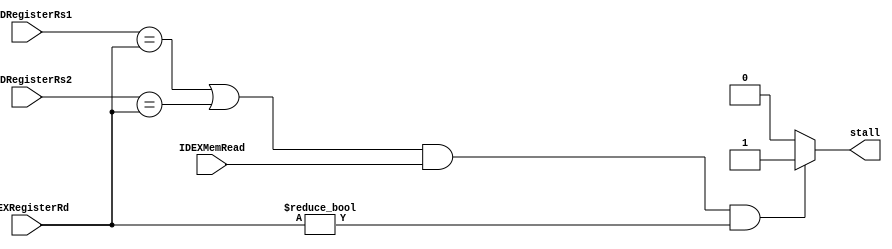
`timescale 1ns / 1ps
//////////////////////////////////////////////////////////////////////////////////
// Company: 
// Engineer: 
// 
// Design Name: 
// Module Name: hazardCU
// Project Name: 
// Target Devices: 
// Tool Versions: 
// Description: 
// 
// Dependencies: 
// 
// Revision:
// Revision 0.01 - File Created
// Additional Comments:
// 
//////////////////////////////////////////////////////////////////////////////////


module hazardCU(
    input [4:0] IFIDRegisterRs1, IFIDRegisterRs2,IDEXRegisterRd, 
    input IDEXMemRead,
    output reg stall
    );
    always @ * begin 
        if (((IFIDRegisterRs1 == IDEXRegisterRd) || (IFIDRegisterRs2==IDEXRegisterRd)) && (IDEXMemRead) && (IDEXRegisterRd != 0))
           stall = 1;
         else  
            stall = 0; 
          end
endmodule